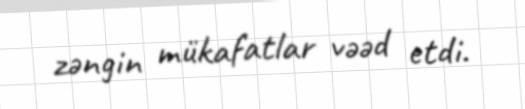
zəngin mükafatlar vəəd etdi.